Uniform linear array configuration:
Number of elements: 32
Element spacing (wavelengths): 1
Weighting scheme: kaiser
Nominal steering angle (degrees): -30
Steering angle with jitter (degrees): -31.663
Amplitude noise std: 0.05
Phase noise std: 0.05

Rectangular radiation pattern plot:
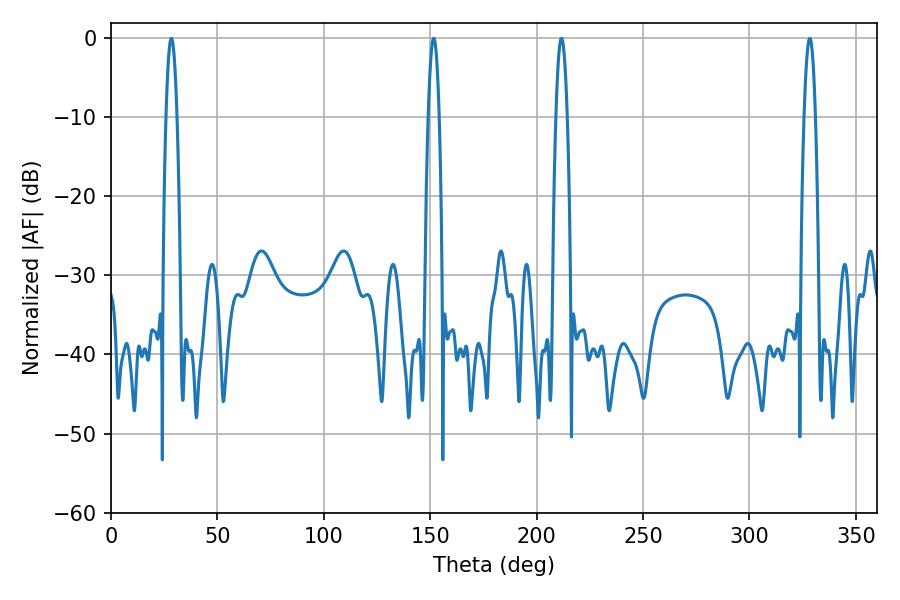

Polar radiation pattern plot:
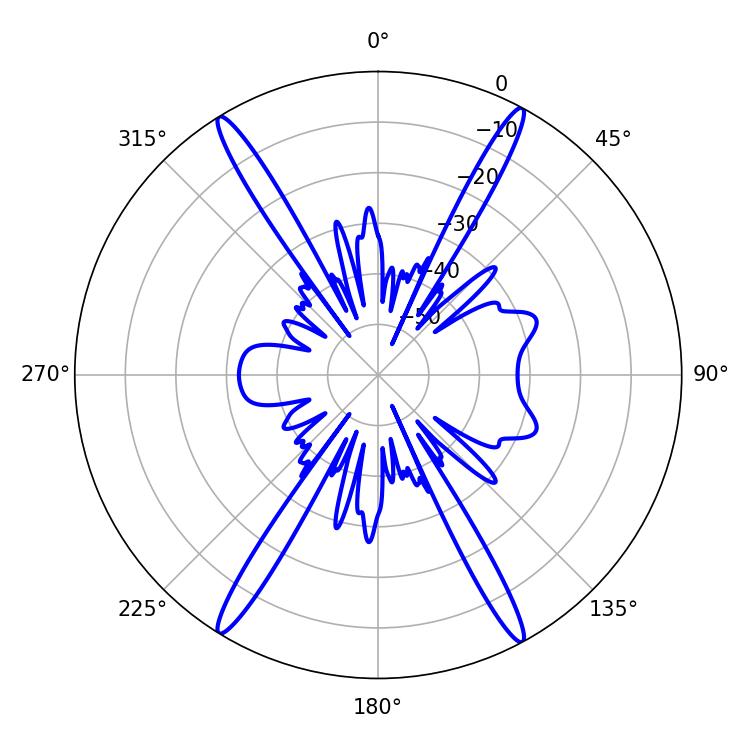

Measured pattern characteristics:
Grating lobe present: TRUE
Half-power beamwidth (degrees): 2.88
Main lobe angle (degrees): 328.32